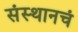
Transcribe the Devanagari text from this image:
संस्थानचं